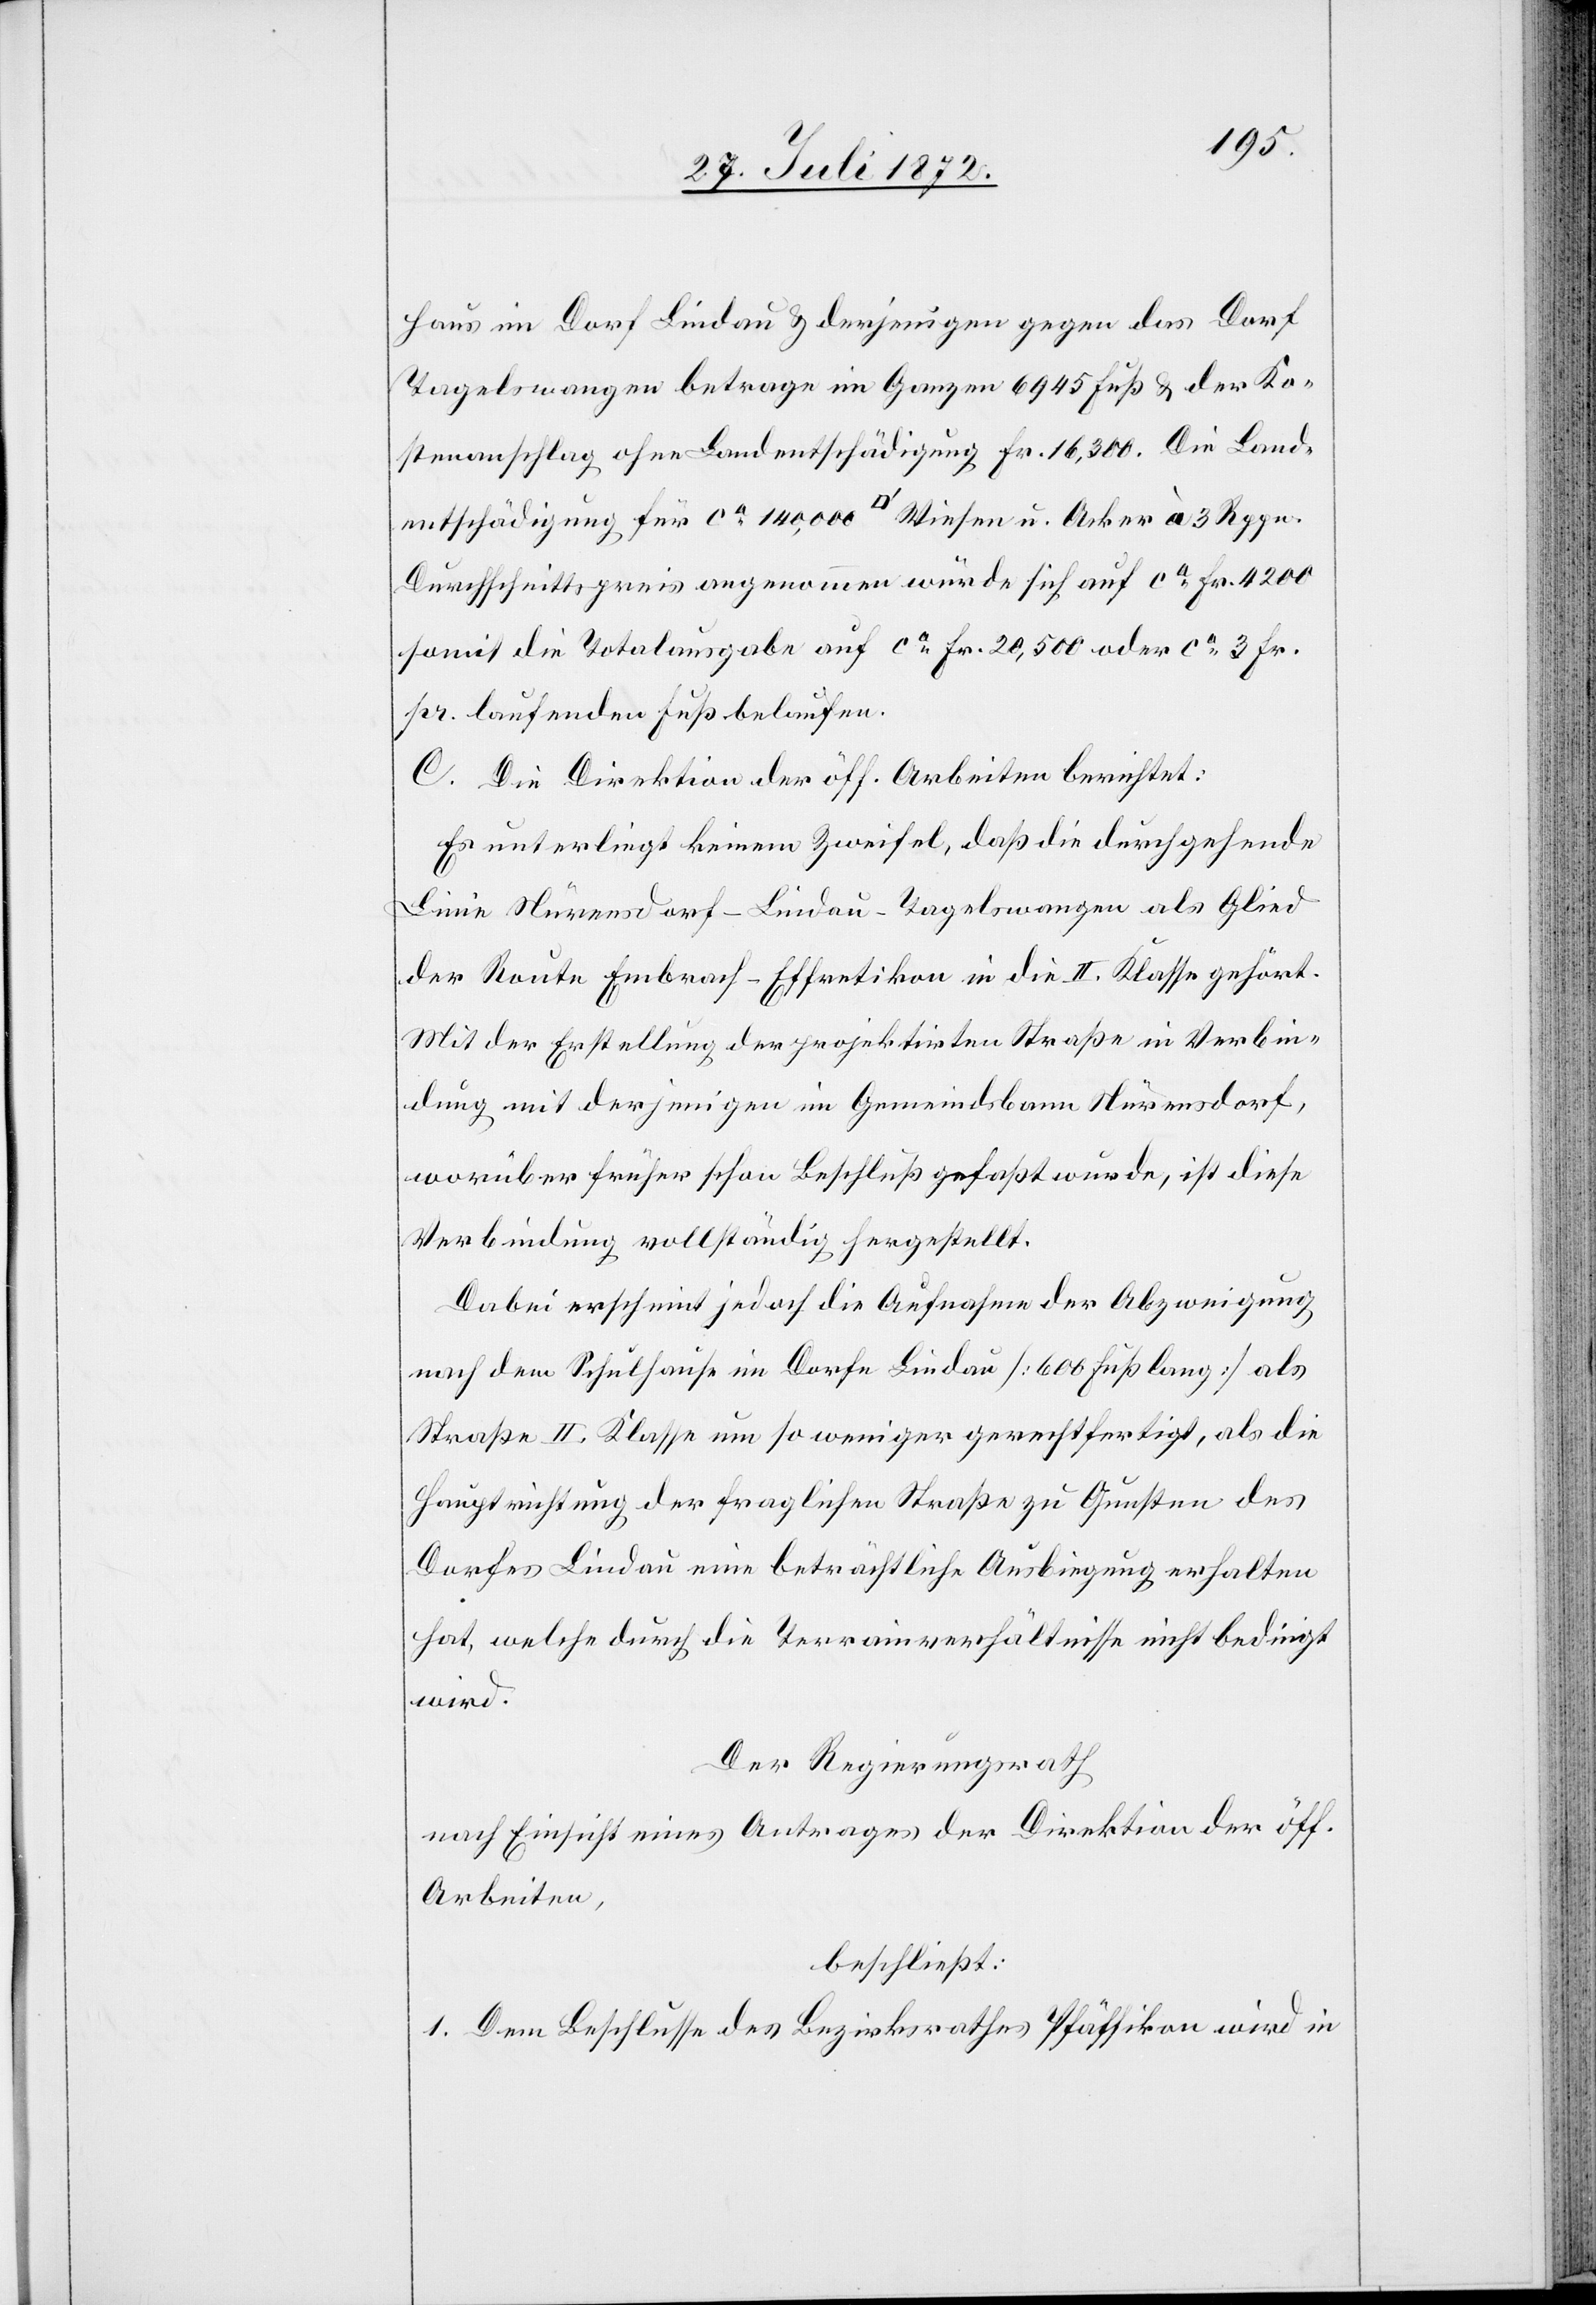
haus im Dorf Lindau u. derjenigen gegen das Dorf
Tagelswangen betrage im Ganzen 6945 Fuß u. der Ko¬
stenanschlag ohne Landentschädigung Fr. 16,300. Die Land¬
entschädigung für ca 140,000 [Quadratfuss] Wiesen u. Acker à 3 Rppn.
Durchschnittspreis angenommen würde sich auf ca Fr. 4200
somit die Totalausgabe auf ca Fr. 20,500 oder ca 3 Fr.
pr. laufenden Fuß belaufen.
C. Die Direktion der öff. Arbeiten berichtet:
Es unterliegt keinem Zweifel, daß die durchgehende
Linie Nürensdorf–Lindau–Tagelswangen als Glied
der Route Embrach–Effretikon in die II. Klasse gehört.
Mit der Erstellung der projektirten Straße in Verbin¬
dung mit derjenigen im Gemeindsbann Nürensdorf,
worüber früher schon Beschlüß gefaßt wurde, ist diese
Verbindung vollständig hergestellt.
Dabei erscheint jedoch die Aufnahme der Abzweigung
nach dem Schulhause im Dorfe Lindau [600 Fuß lang] als
Straße II. Klasse um so weniger gerechtfertigt, als die
Hauptrichtung der fraglichen Straße zu Gunsten des
Dorfes Lindau eine beträchtliche Ausbiegung erhalten
hat, welche durch die Terrainverhältnisse nicht bedingt
wird.
Der Regierungsrath
nach Einsicht eines Antrages der Direktion der öff.
Arbeiten,
beschließt:
1. Dem Beschlusse des Bezirksrathes Pfäffikon wird in